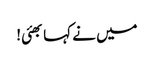
میں نے کہا بھئی!